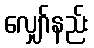
လျှော်နည်း